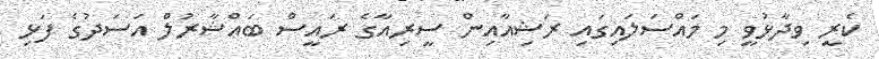
ކެރީ ވިދާޅުވީ މި މައްސަލައިގައި ރަޝިއާއިން ސީރިއާގެ ރައީސް ބައްޝާރުލް އަސަދުގެ ފަޅި